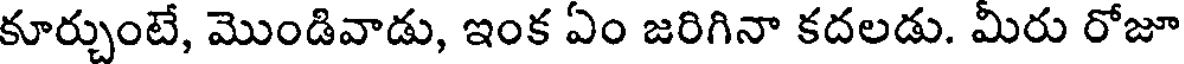
కూర్చుంటే, మొండివాడు, ఇంక ఏం జరిగినా కదలడు. మీరు రోజూ